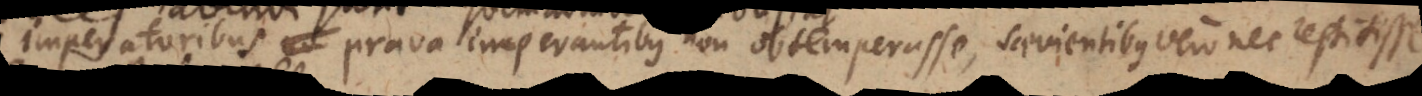
imperatoribus prava imperantibus non obtemperasse, saevientibus vero nec restitisse